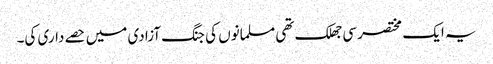
یہ ایک مختصر سی جھلک تھی مسلمانوں کی جنگ آزادی میں حصے داری کی۔